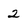
Character: 2